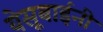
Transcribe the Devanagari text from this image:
येसूबाईनी